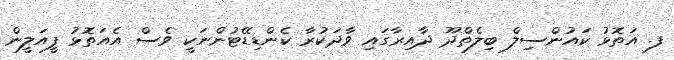
ފ. އަތޮޅު ކައުންސިލް ބިލެތްދޫ ދާއިރާގައި ވާދަކުރާ ކެންޑިޑޭޓުންނަކީ ވެސް އެއަތޮޅު ފީއަލީން